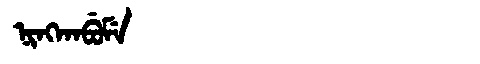
Manchu: ᠨᡳᠩᡴᠠᠪᡠᠮᡝ
Romanization: NINGKABUME